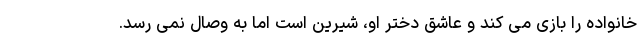
خانواده را بازی می کند و عاشق دختر او، شیرین است اما به وصال نمی رسد.